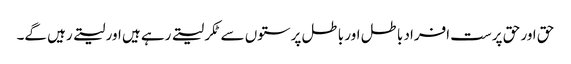
حق اور حق پرست افراد باطل اور باطل پرستوں سے ٹکر لیتے رہے ہیں اور لیتے رہیں گے۔